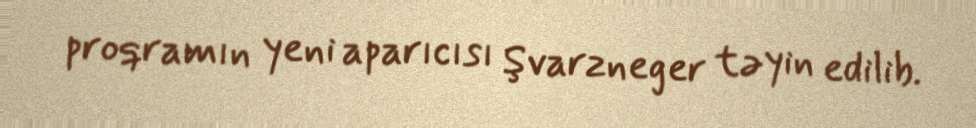
proqramın yeni aparıcısı Şvarzneger təyin edilib.